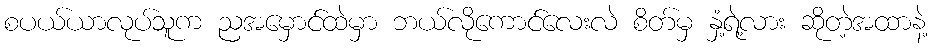
စပယ်ယာလုပ်သူက ညအမှောင်ထဲမှာ ဘယ်လိုကောင်လေးလဲ စိတ်မှ နှံ့ရဲ့လား ဆိုတဲ့အထာနဲ့